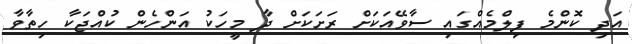
އަދި ކޮންމެ ފިލްމެއްގައި ސާވޭއަކަށް ރަށަކަށް ދާ މީހަކު އަންހެން ކުއްޖަކާ ހިތާވާ